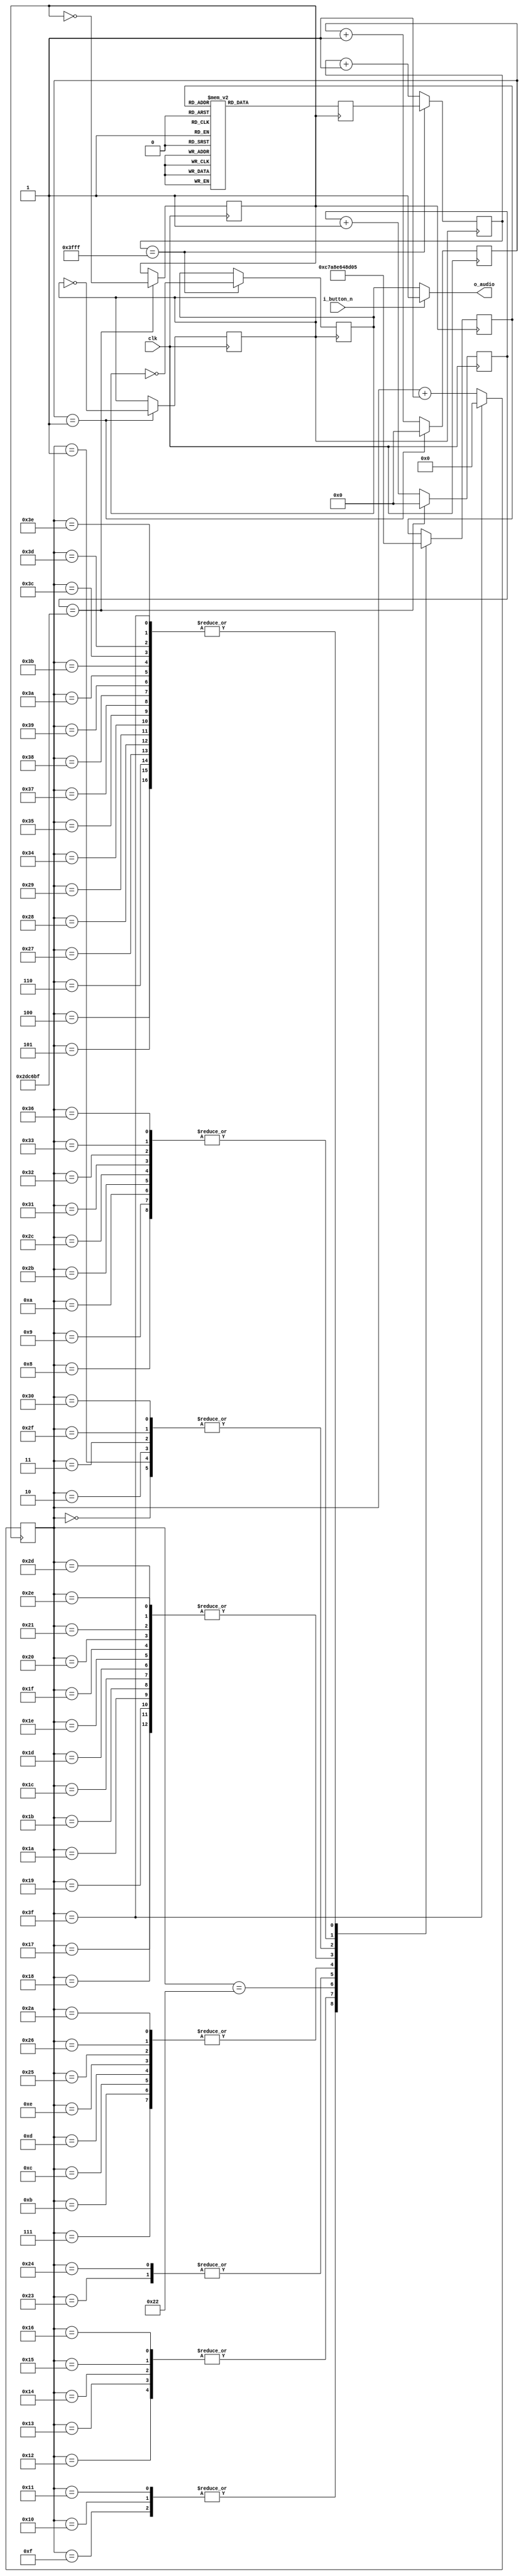
`timescale 1 ns / 1 ps

module liangzhu_player (
	clk,
	i_button_n,
	o_audio
);

input clk;
input i_button_n;
output o_audio;

reg [23:0] counter_4Hz;
reg [23:0] counter_6MHz;
reg [13:0] count;
reg [13:0] origin;
reg audio_reg;
reg clk_6MHz;
reg clk_4Hz;
reg [4:0] note;
reg [7:0] len;

assign o_audio = i_button_n ?  1'b1 : audio_reg;

always @ (posedge clk) begin
	counter_6MHz <= counter_6MHz + 1'b1;
	if (counter_6MHz == 1) begin
		clk_6MHz = ~clk_6MHz;
		counter_6MHz <= 24'b0;
	end
end

always @ (posedge clk) begin
	counter_4Hz <= counter_4Hz + 1'b1;
	if (counter_4Hz == 2999999) begin	
		clk_4Hz = ~clk_4Hz;
		counter_4Hz <= 24'b0;
	end
end

always @ (posedge clk_6MHz) begin
    if(count == 16383) begin
        count = origin;
        audio_reg = ~audio_reg;
    end else
		count = count + 1;
end


always @ (posedge clk_4Hz) begin
	case (note)
		'd1: origin <= 'd4916;
		'd2: origin <= 'd6168;
		'd3: origin <= 'd7281;
		'd4: origin <= 'd7791;
		'd5: origin <= 'd8730;
		'd6: origin <= 'd9565;
		'd7: origin <= 'd10310;
		'd8: origin <= 'd010647;
		'd9: origin <= 'd011272;
		'd10: origin <= 'd011831;
		'd11: origin <= 'd012087;
		'd12: origin <= 'd012556;
		'd13: origin <= 'd012974;
		'd14: origin <= 'd013346;
		'd15: origin <= 'd13516;
		'd16: origin <= 'd13829;
		'd17: origin <= 'd14108;
		'd18: origin <= 'd11535;
		'd19: origin <= 'd14470;
		'd20: origin <= 'd14678;
		'd21: origin <= 'd14864;
		default: origin <= 'd011111;
    endcase             
end

always @ (posedge clk_4Hz) begin
	if (len == 63)
		len <= 0;
    else
		len <= len + 1;
	case (len)
		0: note <= 3;
		1: note <= 3;
		2: note <= 3;
		3: note <= 3;
		4: note <= 5;
		5: note <= 5;
		6: note <= 5;
		7: note <= 6;
		8: note <= 8;
		9: note <= 8;
		10: note <= 8;
		11: note <= 6;
		12: note <= 6;
		13: note <= 6;
		14: note <= 6;
		15: note <= 12;
		16: note <= 12;
		17: note <= 12;
		18: note <= 15;
		19: note <= 15;
		20: note <= 15;
		21: note <= 15;
		22: note <= 15;
		23: note <= 9;
		24: note <= 9;
		25: note <= 9;
		26: note <= 9;
		27: note <= 9;
		28: note <= 9;
		29: note <= 9;
		30: note <= 9;
		31: note <= 9;
		32: note <= 9;
		33: note <= 9;
		34: note <= 10;
		35: note <= 7;
		36: note <= 7;
		37: note <= 6;
		38: note <= 6;
		39: note <= 5;
		40: note <= 5;
		41: note <= 5;
		42: note <= 6;
		43: note <= 8;
		44: note <= 8;
		45: note <= 9;
		46: note <= 9;
		47: note <= 3;
		48: note <= 3;
		49: note <= 8;
		50: note <= 8;
		51: note <= 8;
		52: note <= 5;
		53: note <= 5;
		54: note <= 8;
		55: note <= 5;
		56: note <= 5;
		57: note <= 5;
		58: note <= 5;
		59: note <= 5;
		60: note <= 5;
		61: note <= 5;
		62: note <= 5;
		63: note <= 5;
	endcase            
end
endmodule